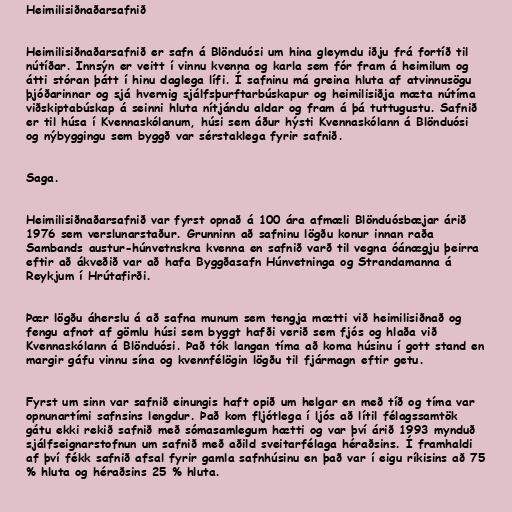
Heimilisiðnaðarsafnið

Heimilisiðnaðarsafnið er safn á Blönduósi um hina gleymdu iðju frá fortíð til
nútíðar. Innsýn er veitt í vinnu kvenna og karla sem fór fram á heimilum og
átti stóran þátt í hinu daglega lífi. Í safninu má greina hluta af atvinnusögu
þjóðarinnar og sjá hvernig sjálfsþurftarbúskapur og heimilisiðja mæta nútíma
viðskiptabúskap á seinni hluta nítjándu aldar og fram á þá tuttugustu. Safnið
er til húsa í Kvennaskólanum, húsi sem áður hýsti Kvennaskólann á Blönduósi
og nýbyggingu sem byggð var sérstaklega fyrir safnið.

Saga.

Heimilisiðnaðarsafnið var fyrst opnað á 100 ára afmæli Blönduósbæjar árið
1976 sem verslunarstaður. Grunninn að safninu lögðu konur innan raða
Sambands austur-húnvetnskra kvenna en safnið varð til vegna óánægju þeirra
eftir að ákveðið var að hafa Byggðasafn Húnvetninga og Strandamanna á
Reykjum í Hrútafirði.

Þær lögðu áherslu á að safna munum sem tengja mætti við heimilisiðnað og
fengu afnot af gömlu húsi sem byggt hafði verið sem fjós og hlaða við
Kvennaskólann á Blönduósi. Það tók langan tíma að koma húsinu í gott stand en
margir gáfu vinnu sína og kvennfélögin lögðu til fjármagn eftir getu.

Fyrst um sinn var safnið einungis haft opið um helgar en með tíð og tíma var
opnunartími safnsins lengdur. Það kom fljótlega í ljós að lítil félagssamtök
gátu ekki rekið safnið með sómasamlegum hætti og var því árið 1993 mynduð
sjálfseignarstofnun um safnið með aðild sveitarfélaga héraðsins. Í framhaldi
af því fékk safnið afsal fyrir gamla safnhúsinu en það var í eigu ríkisins að 75
% hluta og héraðsins 25 % hluta.